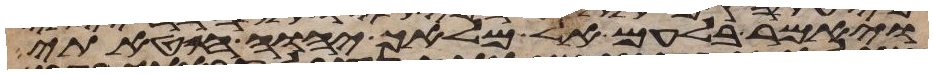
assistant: ויאמר בלעם אל מלאך יהוה חטאתי